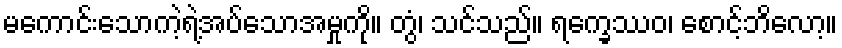
မကောင်းသောကဲ့ရဲ့အပ်သောအမှုကို။ တွံ၊ သင်သည်။ ရက္ခေဿဝ၊ စောင့်ဘိလော့။